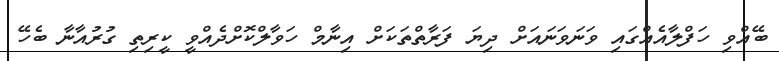
ބޭއްވި ހަފްލާއެއްގައި ވަނަވަނައަށް ދިޔަ ފަރާތްތަކަށް އިނާމް ހަވާލްކޮށްދެއްވީ ކީރިތި ގުރުއާނާ ބެހޭ